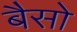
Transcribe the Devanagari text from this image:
बैसो